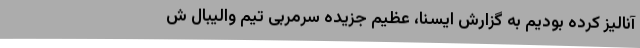
آنالیز کرده بودیم به گزارش ایسنا، عظیم جزیده سرمربی تیم والیبال ش